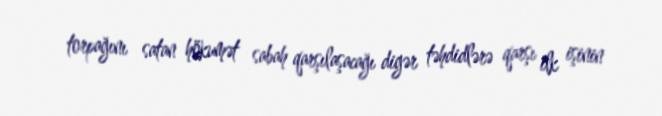
torpağını satan hökumət sabah qarşılaşacağı digər təhdidlərə qarşı ilk işinin